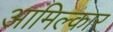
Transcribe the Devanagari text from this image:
आमिल्कार